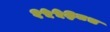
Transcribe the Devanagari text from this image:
१५५३८८